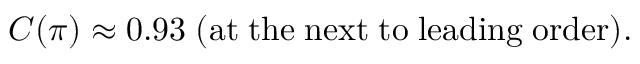
C ( \pi ) \approx 0 . 9 3 \; ( \mathrm { a t \; t h e \; n e x t \; t o \; l e a d i n g \; o r d e r } ) .